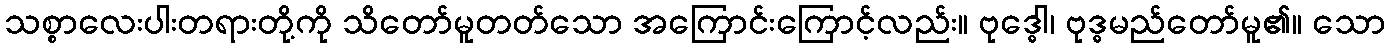
သစ္စာလေးပါးတရားတို့ကို သိတော်မူတတ်သော အကြောင်းကြောင့်လည်း။ ဗုဒ္ဓေါ၊ ဗုဒ္ဓမည်တော်မူ၏။ သော